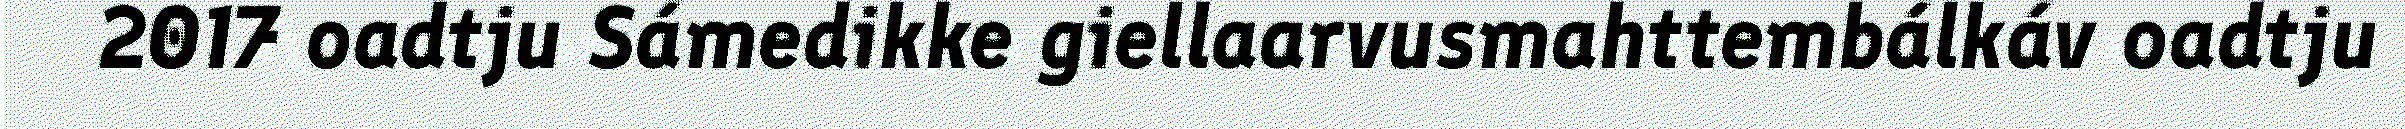
2017 oadtju Sámedikke giellaarvusmahttembálkáv oadtju